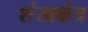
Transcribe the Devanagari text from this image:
शंखक्षेत्र